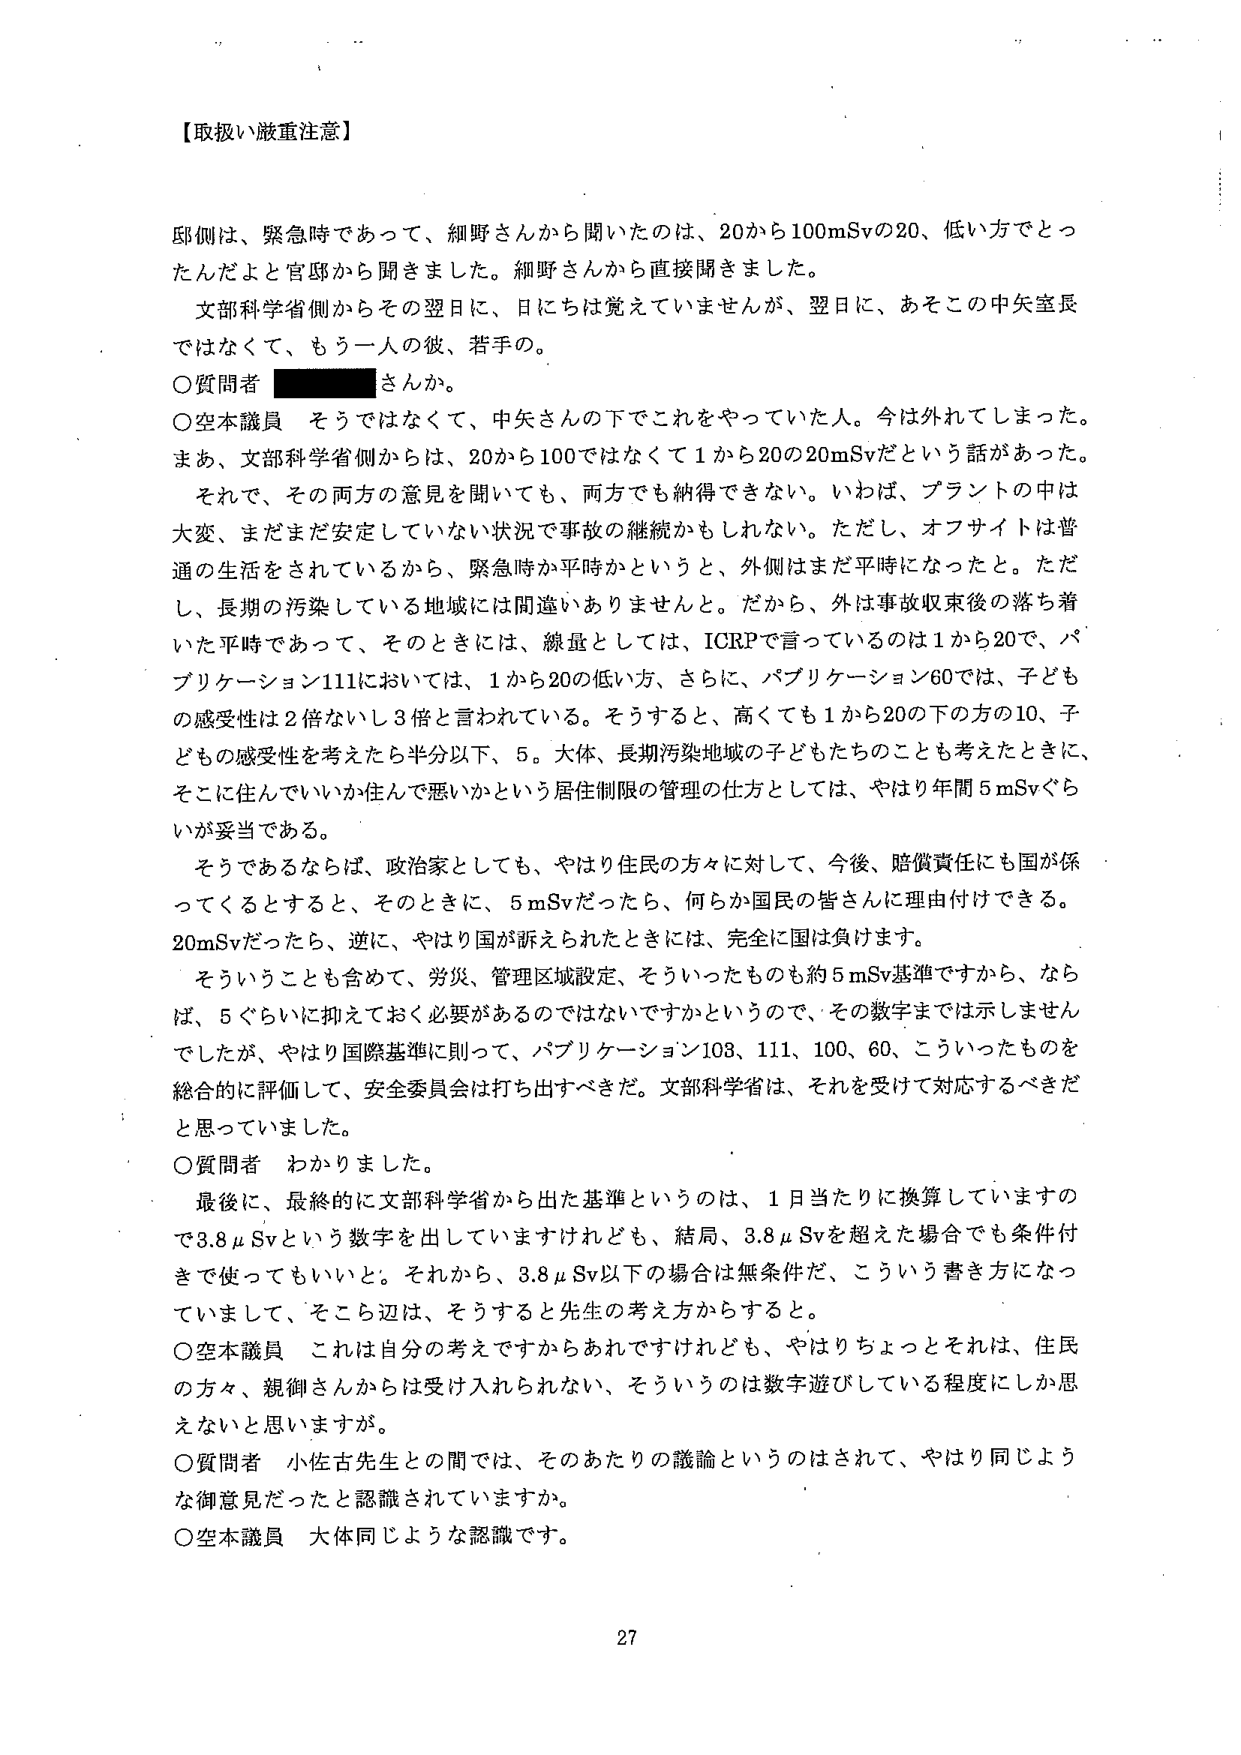
【取扱い厳重注意】

邸側は、緊急時であって、細野さんから聞いたのは、20から100mSvの20、低い方でとったんだよと官邸から聞きました。細野さんから直接聞きました。

文部科学省側からその翌日に、日には覚えていませんが、翌日に、あそこの中矢室長ではなくて、もう一人の彼、若手の。

〇質問者 さんか。

〇空本議員 そうではなくて、中矢さんの下でこれをやっていた人。今は外れてしまった。まあ、文部科学省側からは、20から100ではなくて1から20の20mSvだという話があった。それで、その両方の意見を聞いても、両方でも納得できない。いわば、プラントの中は大変、まだまだ安定していない状況で事故の継続かもしれない。ただし、オフサイトは普通の生活をされているから、緊急時か平時かというと、外側はまだ平時になったと。ただし、長期の汚染している地域には間違いありませんと。だから、外は事故収束後の落ち着いた平時であって、そのときには、線量としては、ICRPで言っているのは1から20で、パブリケーション111においては、1から20の低い方、さらに、パブリケーション60では、子どもの感受性は2倍ないし3倍と言われている。そうすると、高くても1から20の下の方の10、子どもの感受性を考えたら半分以下、5。大体、長期汚染地域の子どもたちのことも考えたときに、そこに住んでいいか住んで悪いかという居住制限の管理の仕方としては、やはり年間5mSvくらいが妥当である。

そうであるならば、政治家としても、やはり住民の方々に対して、今後、賠償責任にも国が係ってくるとすると、そのときに、5mSvだったら、何らか国民の皆さんに理由付けできる。20mSvだったら、逆に、やはり国が訴えられたときには、完全に国は負けます。

そういうことも含めて、労災、管理区域設定、そういったものも約5mSv基準ですから、ならば、5ぐらいに抑えておく必要があるのではないですかというので、その数字までは示しませんでしたが、やはり国際基準に則って、パブリケーション108、111、100、60、こういったものを総合的に評価して、安全委員会は打ち出すべきだ。文部科学省は、それを受けて対応するべきだと思っていました。

〇質問者 わかりました。

最後に、最終的に文部科学省から出た基準というのは、1日当たりに換算していますので3.8μSvという数字を出していますけれども、結局、3.8μSvを超えた場合でも条件付きで使ってもいいと。それから、3.8μSv以下の場合とは無条件だ、こういう書き方になっていまして、そこら辺は、そうすると先生の考え方からすると。

〇空本議員 これは自分の考えですからあれですけれども、やはりちょっとそれは、住民の方々、親御さんからは受け入れられない、そういうのは数字遊びしている程度にしか思えないと思いますが。

〇質問者 小佐古先生との間では、そのあたりの議論というのはされて、やはり同じような御意見だったと認識されていますか。

〇空本議員 大体同じような認識です。

27